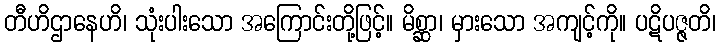
တီဟိဌာနေဟိ၊ သုံးပါးသော အကြောင်းတို့ဖြင့်။ မိစ္ဆာ၊ မှားသော အကျင့်ကို။ ပဋိပဇ္ဇတိ၊